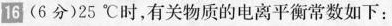
16 (6分) 25^{\circ} C时，有关物质的电离平衡常数如下：